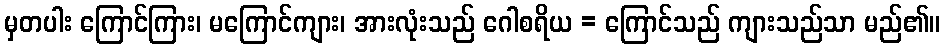
မှတပါး ကြောင်ကြား၊ မကြောင်ကျား၊ အားလုံးသည် ဂေါစရိယ = ကြောင်သည် ကျားသည်သာ မည်၏။